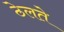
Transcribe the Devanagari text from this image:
ठेलते